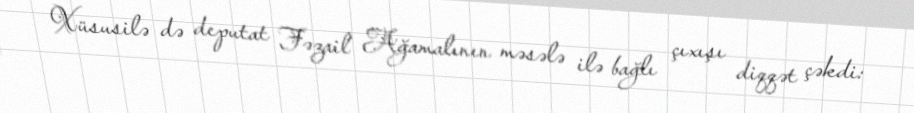
Xüsusilə də deputat Fəzail Ağamalının məsələ ilə bağlı çıxışı diqqət çəkdi: